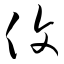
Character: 复